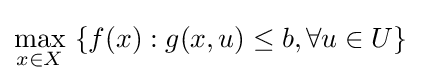
\max _{x\in X}\ \{f(x):g(x,u)\leq b,\forall u\in U\}